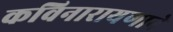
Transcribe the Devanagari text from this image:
कविनारायणाने